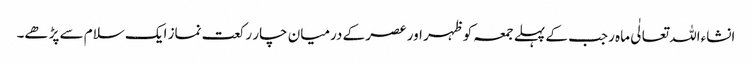
انشاءاللہ تعالٰی ماہ رجب کے پہلے جمعہ کو ظہر اور عصر کے درمیان چار رکعت نماز ایک سلام سے پڑھے۔